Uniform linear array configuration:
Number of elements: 12
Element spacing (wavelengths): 0.5
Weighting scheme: exponential
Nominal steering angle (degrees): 60
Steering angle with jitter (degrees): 60.594
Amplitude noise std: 0.05
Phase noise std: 0.05

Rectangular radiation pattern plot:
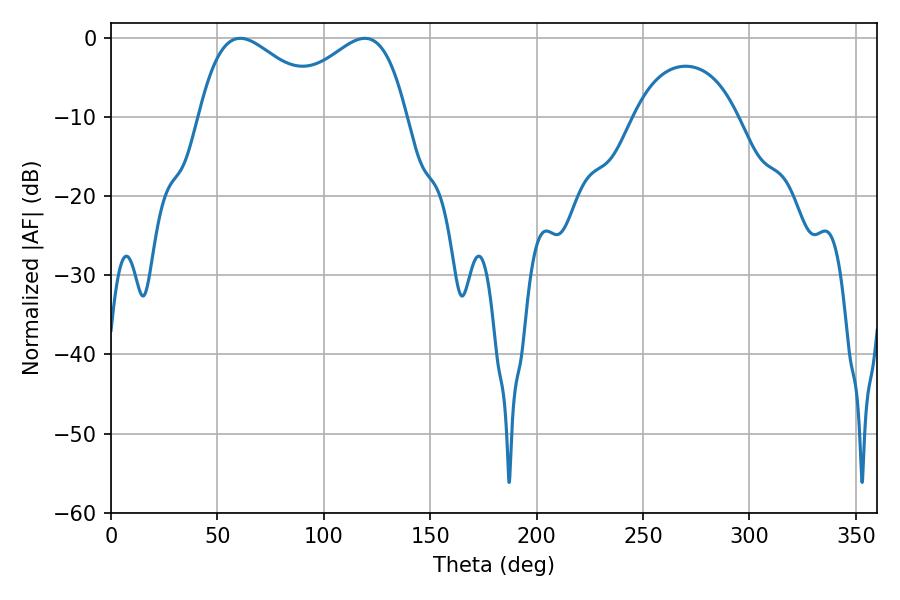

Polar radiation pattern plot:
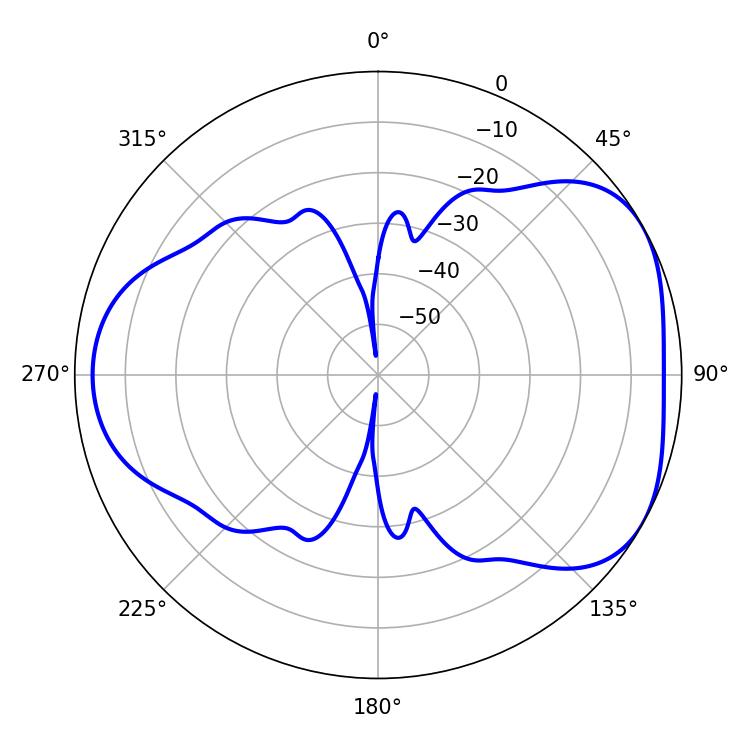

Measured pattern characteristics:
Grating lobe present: FALSE
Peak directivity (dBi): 4.496
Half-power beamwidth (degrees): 32.76
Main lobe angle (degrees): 60.66